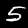
Digit: 5